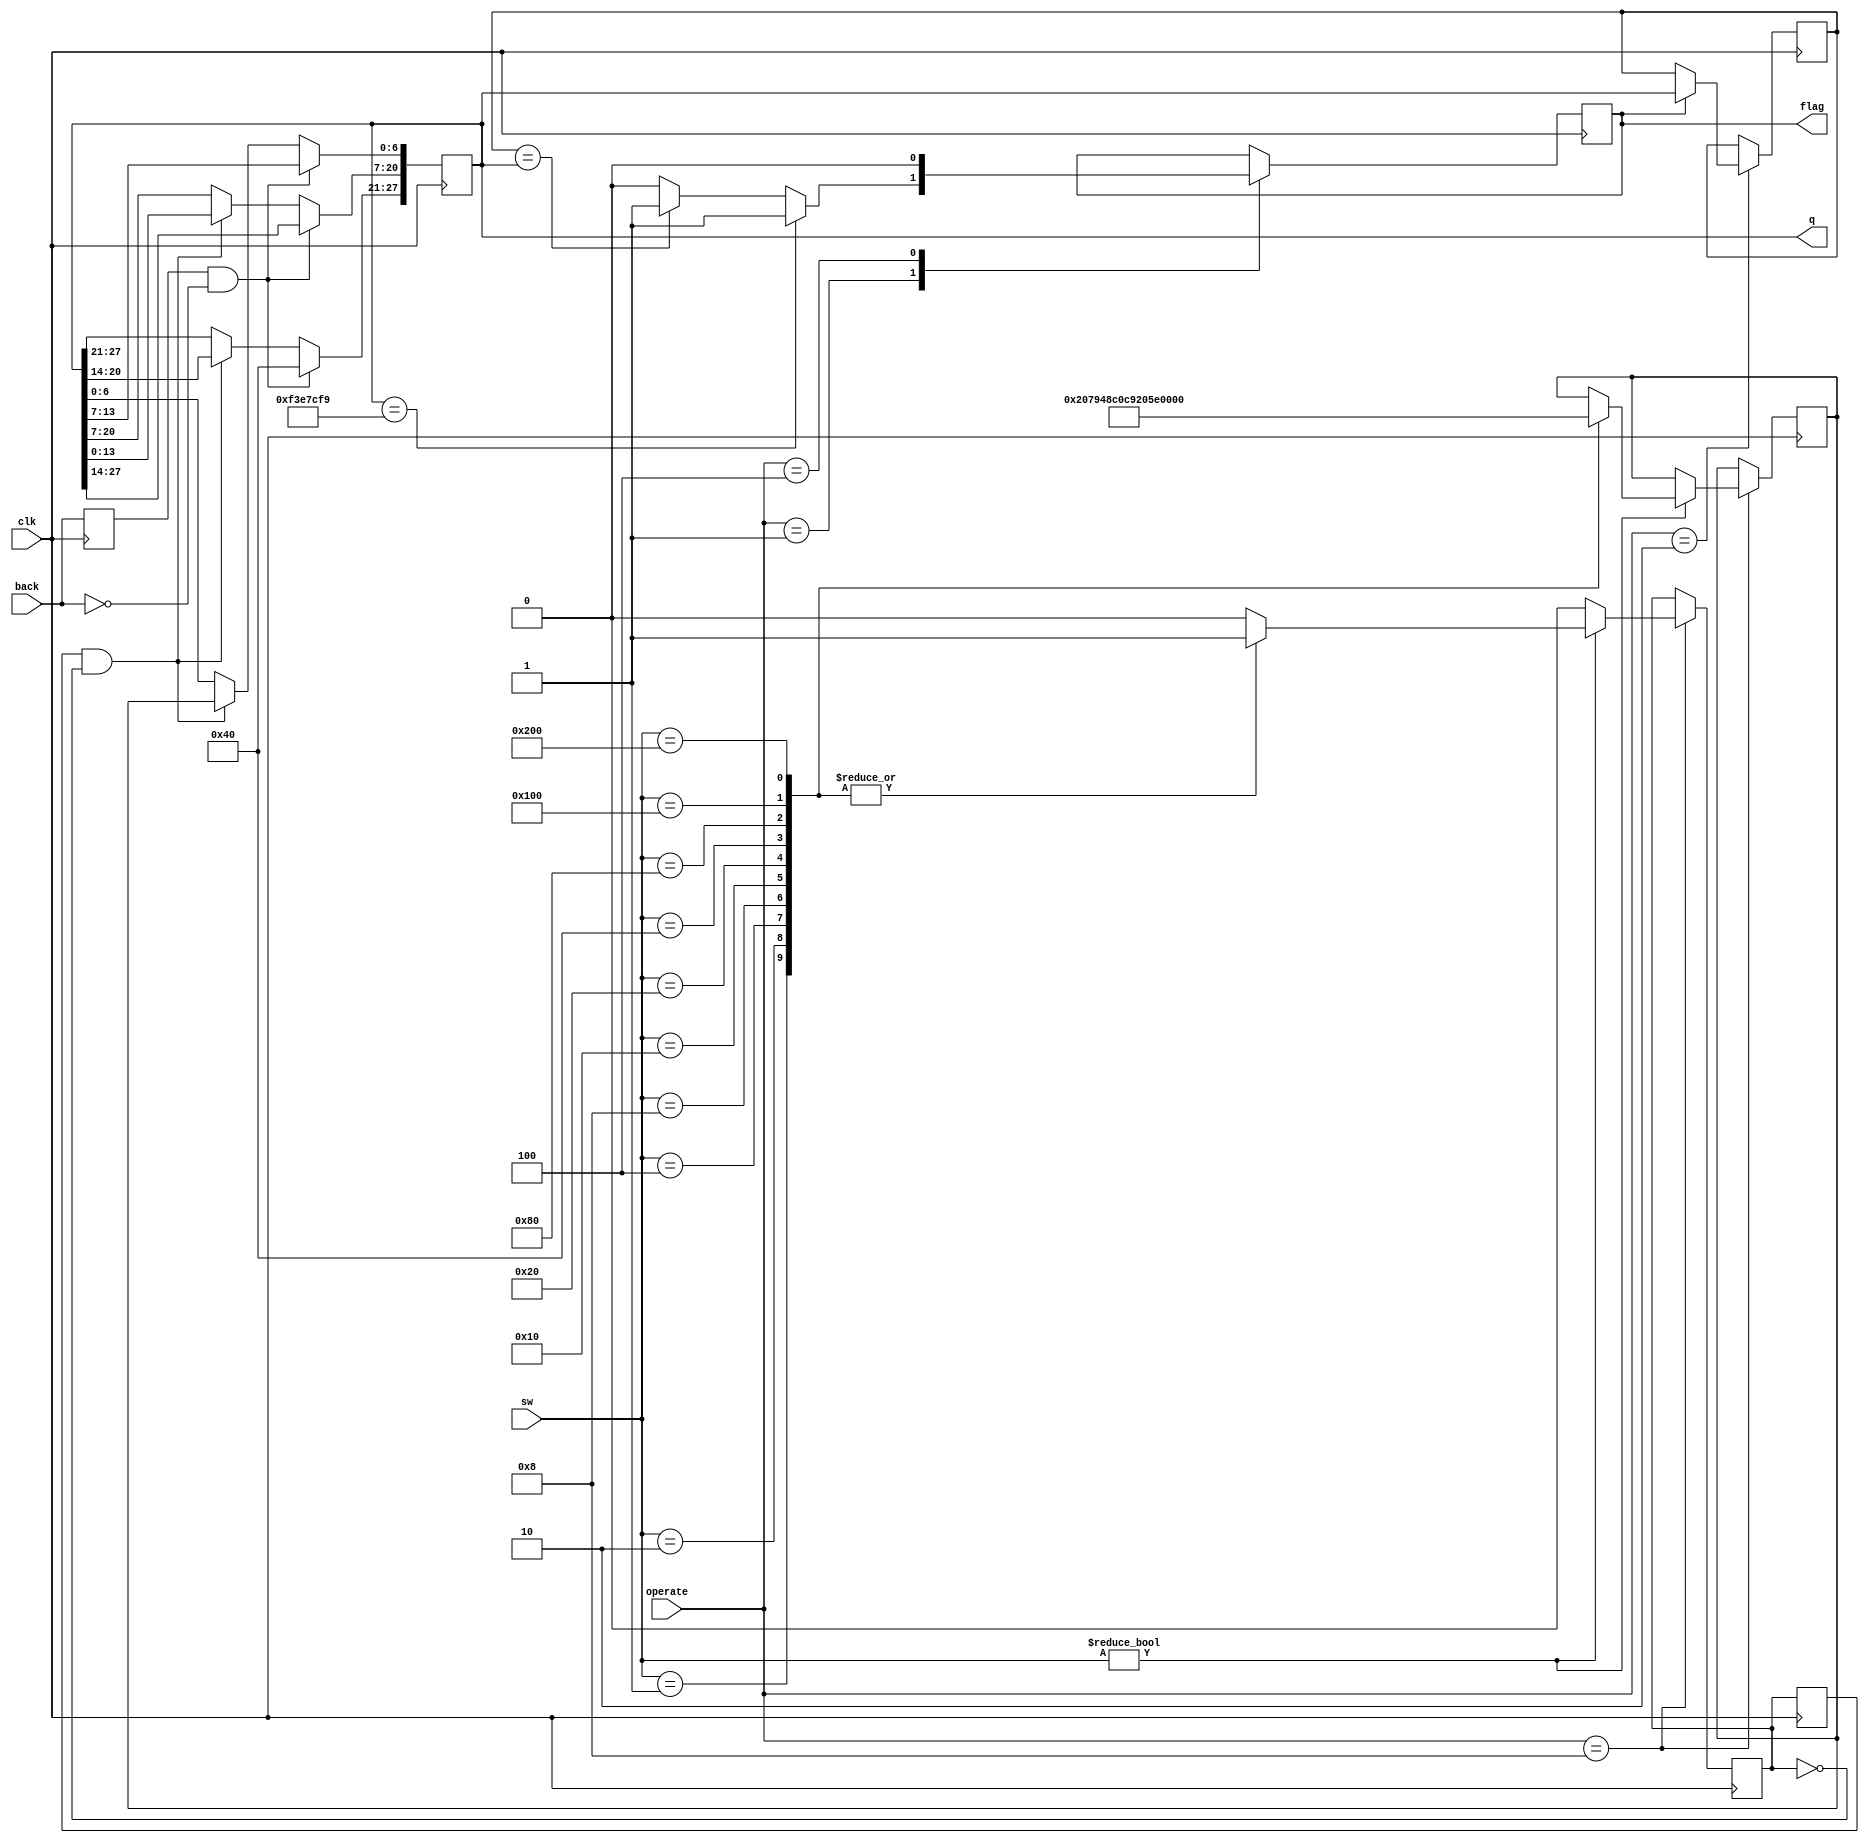
module xyz(sw,q,clk,back,flag,operate); 
input [9:0]sw;    //key 
input back;     //delete 
input clk; 
input [3:0]operate;   
output [27:0]q;    //register
output flag;     
reg [6:0]hex; 
reg [27:0]q; 
reg [27:0]password;    //code  
reg flag;      //50HZ clock 
reg d;  
initial  
 begin   q=28'b1000000100000010000001000000; 
 password=28'b1111001111100111110011111001;  //initial password 1111  
end  
parameter //7-segment displays 
    seg0 = 7'b1000000,  
    seg1 = 7'b1111001,         
    seg2 = 7'b0100100,           
    seg3 = 7'b0110000,            
    seg4 = 7'b0011001,          
    seg5 = 7'b0010010,          
    seg6 = 7'b0000010,           
    seg7 = 7'b1111000,         
    seg8 = 7'b0000000,           
    seg9 = 7'b0010000,    
 check   =4'b0001,    //operate   
 set     =4'b0010,    //new password  
 close   =4'b0100,    //close lock   
  in     =4'b1000;    //input password 
always @(posedge clk)         //segment display and delete         
case(operate)    
check:    if(q==28'b1111001111100111110011111001)  // constant password  
   flag<=1;    
  else if(password==q)   
  flag<=1;    
  else flag<=0;     
 set:    if(flag==1)    
   password<=q;      
 close: flag<=0 ;     
 in:     
    if(sw)     // input password 
 case(sw[9:0])     
 10'b0000000001: begin d=1;  hex<=seg0;  end    
 10'b0000000010: begin d=1;  hex<=seg1;  end    
 10'b0000000100: begin d=1;  hex<=seg2;  end    
 10'b0000001000: begin d=1;  hex<=seg3;  end    
 10'b0000010000: begin d=1;  hex<=seg4;  end    
 10'b0000100000: begin d=1;  hex<=seg5;  end    
 10'b0001000000: begin d=1;  hex<=seg6;  end    
 10'b0010000000: begin d=1;  hex<=seg7;  end    
 10'b0100000000: begin d=1;  hex<=seg8;  end    
 10'b1000000000: begin d=1;  hex<=seg9;  end     
default:begin d<=0;   hex<=hex; end    
endcase  
  else d<=0;  
 default hex<=hex; 
endcase     
reg d1;  
reg back1; 
initial d1=0; 
initial back1=0;
 always @(posedge clk )    
  begin        d1<=d;     
  back1<=back ; end   
always @( posedge clk)      
   begin     
   if(back1&&(!back))  begin q<=q>>7; q[27:21]<=seg0;end     
 else if(d1&&(!d))     
   begin q<=q<<7;  q[6:0]<=hex; end  
 end endmodule